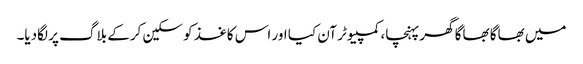
میں بھاگا بھاگا گھر پہنچا، کمپیوٹر آن کیا اور اس کاغذ کو سکین کرکے بلاگ پر لگادیا۔